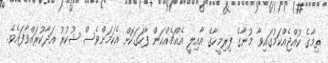
ތިމާގެ ކުއްޖެއްކަމުގައިވާ މުނާގެ ފިރިމީހާގެ އާއިލީ އެއްޗެއްކަން ފާހަގަކޮށް އެކަމަށްވެސް ޝުކުރު އަދާކުރައްވާފައެވެ.